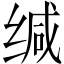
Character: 缄